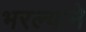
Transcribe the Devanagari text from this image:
भरल्याने